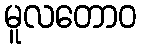
မူလတောဝ